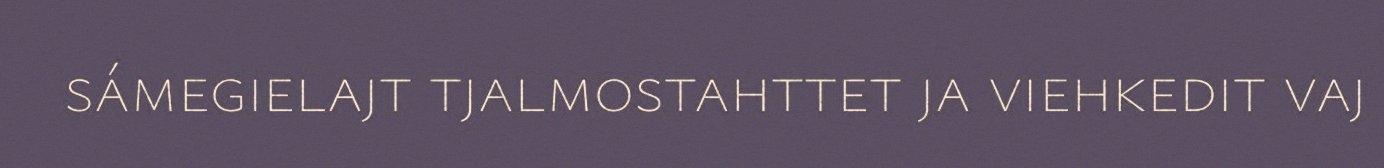
sámegielajt tjalmostahttet ja viehkedit vaj